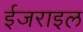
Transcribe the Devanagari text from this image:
ईजराइल